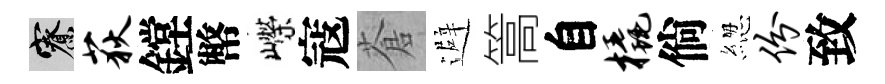
寮荻鏜幣嶸寇蒼避篙自橇倘緫份致